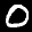
Label: 0